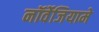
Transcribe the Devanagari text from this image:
नॉर्वेजियामे